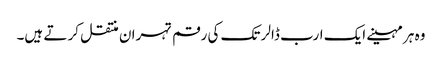
وہ ہر مہینے ایک ارب ڈالر تک کی رقم تہران منتقل کر تے ہیں۔